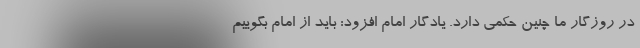
در روزگار ما چنین حکمی دارد. یادگار امام افزود: باید از امام بگوییم